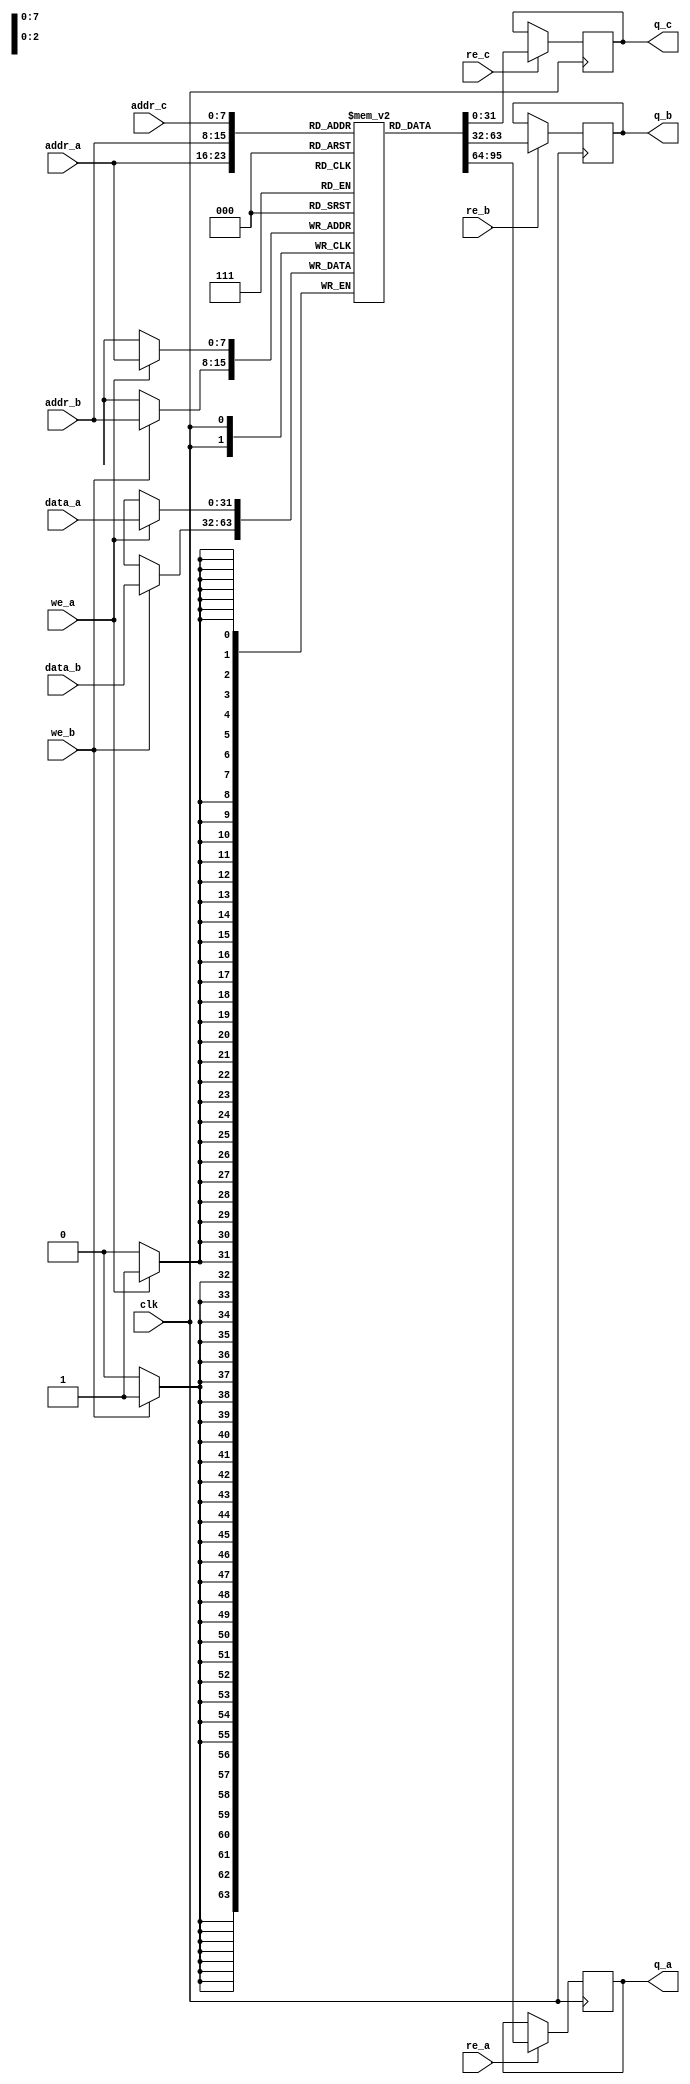
module triple_port_ram #(
    parameter DATA_WIDTH = 32,  // Width of each memory word
    parameter ADDR_WIDTH = 8,   // Number of address bits
    parameter DEPTH = 1 << ADDR_WIDTH // Total number of memory locations
)(
    input wire clk,              // Clock signal
    // Port A
    input wire [ADDR_WIDTH-1:0] addr_a, // Address for Port A
    input wire [DATA_WIDTH-1:0] data_a, // Data input for Port A
    input wire we_a,             // Write Enable for Port A
    input wire re_a,             // Read Enable for Port A
    output reg [DATA_WIDTH-1:0] q_a, // Data output for Port A

    // Port B
    input wire [ADDR_WIDTH-1:0] addr_b, // Address for Port B
    input wire [DATA_WIDTH-1:0] data_b, // Data input for Port B
    input wire we_b,             // Write Enable for Port B
    input wire re_b,             // Read Enable for Port B
    output reg [DATA_WIDTH-1:0] q_b, // Data output for Port B

    // Port C
    input wire [ADDR_WIDTH-1:0] addr_c, // Address for Port C
    input wire re_c,             // Read Enable for Port C
    output reg [DATA_WIDTH-1:0] q_c  // Data output for Port C
);

    // Memory array
    reg [DATA_WIDTH-1:0] mem [0:DEPTH-1];

    // Initialize memory (optional)
    initial begin
        // You can initialize memory here if needed
    end

    // Port A and Port B read/write logic
    always @(posedge clk) begin
        // Handle Port A
        if (we_a) begin
            mem[addr_a] <= data_a; // Write data to memory
        end
        if (re_a) begin
            q_a <= mem[addr_a]; // Read data from memory
        end

        // Handle Port B
        if (we_b) begin
            mem[addr_b] <= data_b; // Write data to memory
        end
        if (re_b) begin
            q_b <= mem[addr_b]; // Read data from memory
        end
    end

    // Port C read logic
    always @(posedge clk) begin
        if (re_c) begin
            q_c <= mem[addr_c]; // Read data from memory
        end
    end

endmodule